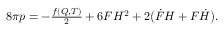
\begin{array} { r } { 8 \pi p = - \frac { f ( Q , T ) } { 2 } + 6 F H ^ { 2 } + 2 \big ( \dot { F } H + F \dot { H } \big ) . } \end{array}